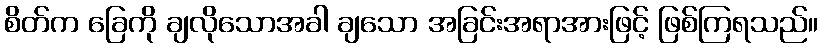
စိတ်က ခြေကို ချလိုသောအခါ ချသော အခြင်းအရာအားဖြင့် ဖြစ်ကြရသည်။